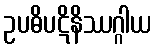
ဥပဓိပဋိနိဿဂ္ဂါယ